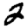
Digit: 2